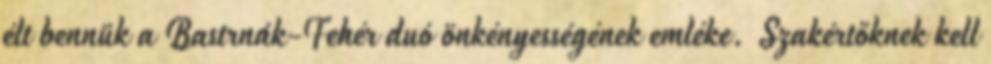
élt bennük a Bastrnák-Fehér duó önkényességének emléke. Szakértőknek kell